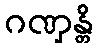
ဂဏှန္တိ